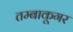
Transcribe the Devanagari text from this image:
तम्बाकूगर